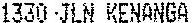
1330 JLN KENANGA